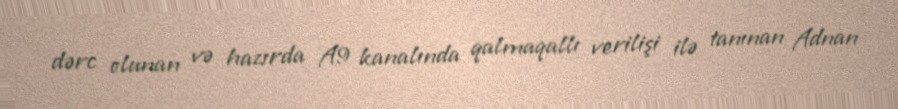
dərc olunan və hazırda A9 kanalında qalmaqallı verilişi ilə tanınan Adnan